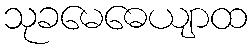
သုခမေဓေယျာထ